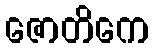
ဇောတိကေ